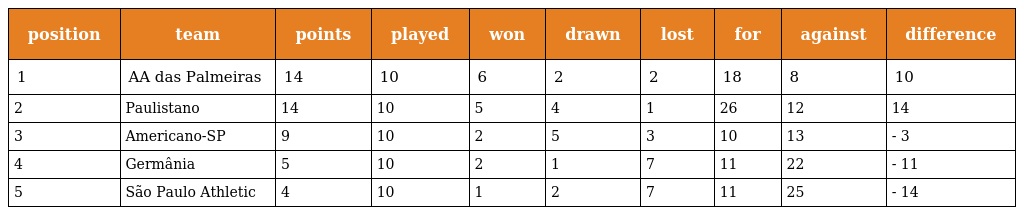
| position | team | points | played | won | drawn | lost | for | against | difference |
 | --- | --- | --- | --- | --- | --- | --- | --- | --- | --- |
 | 1 | AA das Palmeiras | 14 | 10 | 6 | 2 | 2 | 18 | 8 | 10 |
 | 2 | Paulistano | 14 | 10 | 5 | 4 | 1 | 26 | 12 | 14 |
 | 3 | Americano-SP | 9 | 10 | 2 | 5 | 3 | 10 | 13 | - 3 |
 | 4 | Germânia | 5 | 10 | 2 | 1 | 7 | 11 | 22 | - 11 |
 | 5 | São Paulo Athletic | 4 | 10 | 1 | 2 | 7 | 11 | 25 | - 14 |